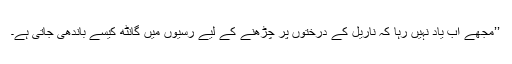
’’مجھے اب یاد نہیں رہا کہ ناریل کے درختوں پر چڑھنے کے لیے رسیوں میں گانٹھ کیسے باندھی جاتی ہے۔